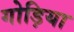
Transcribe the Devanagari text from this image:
गोड़िया